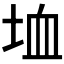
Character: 𡋒